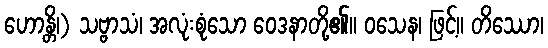
ဟောန္တိ၊) သဗ္ဗာသံ၊ အလုံးစုံသော ဝေဒနာတို့၏။ ဝသေန၊ ဖြင့်။ တိဿော၊